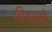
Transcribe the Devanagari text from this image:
दिशाने